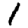
Digit: 1